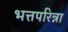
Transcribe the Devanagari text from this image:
भत्तपरिन्ना